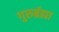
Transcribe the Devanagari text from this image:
गुरुर्ब्रह्मा